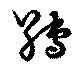
縛